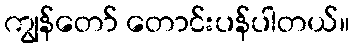
ကျွန်တော် တောင်းပန်ပါတယ်။